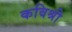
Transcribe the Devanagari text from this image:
कविश्री